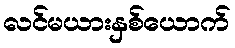
လင်မယားနှစ်ယောက်